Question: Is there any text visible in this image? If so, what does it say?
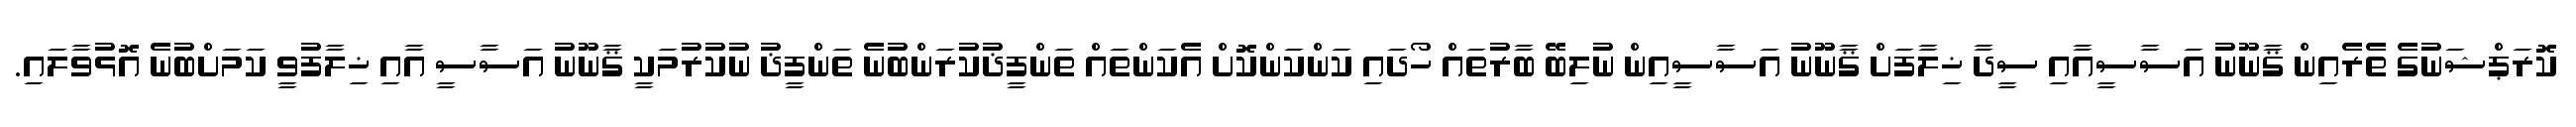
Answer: ކޮރަޕްޝަނުގެ ތެރެއިން ޤާނޫނު އަސާސީއާއި ސީދާ ޚިލާފަށް ޤާނޫނު އަސާސީއިން ނުލިބޭ ބާރުތައް ހޯދައި ކަންކަންކޮށް އެކަންތައް ތަންފީޛުކުރަންބުނެ ތަންފީޛު ނުކުރުމަކީ ޤާނޫނު އަސާސީ އާއި ޚިލާފުވީ ކަމަށްބުނެ އޮޅުވާލައި.